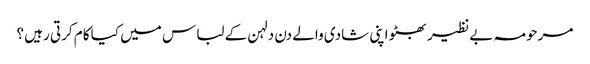
مرحومہ بے نظیر بھٹو اپنی شادی والے دن دلہن کے لباس میں کیا کام کرتی رہیں ؟